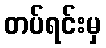
တပ်ရင်းမှ